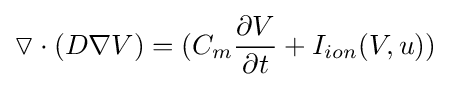
\triangledown \cdot (D\nabla V)=(C_{m}{\frac {\partial V}{\partial t}}+I_{ion}(V,u))